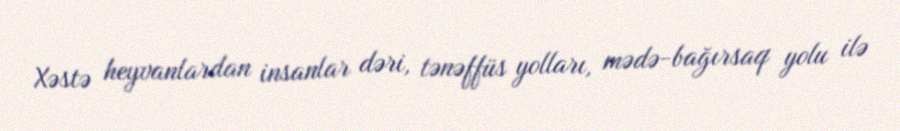
Xəstə heyvanlardan insanlar dəri, tənəffüs yolları, mədə-bağırsaq yolu ilə